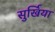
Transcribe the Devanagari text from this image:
सुर्खिया